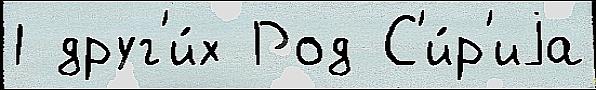
1 друг'и́х Род С'и́р'иjа